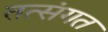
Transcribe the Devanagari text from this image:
तत्संगत